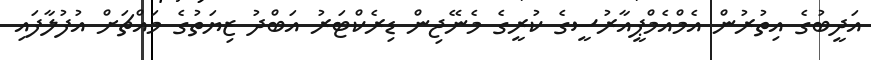
އަދީބުގެ އިތުރުން އެމްއެމްޕީއާރުސީގެ ކުރީގެ މެނޭޖިން ޑިރެކްޓަރު އަބްދު ޒިޔަތުގެ މައްޗަަށް އުފުލާފައި